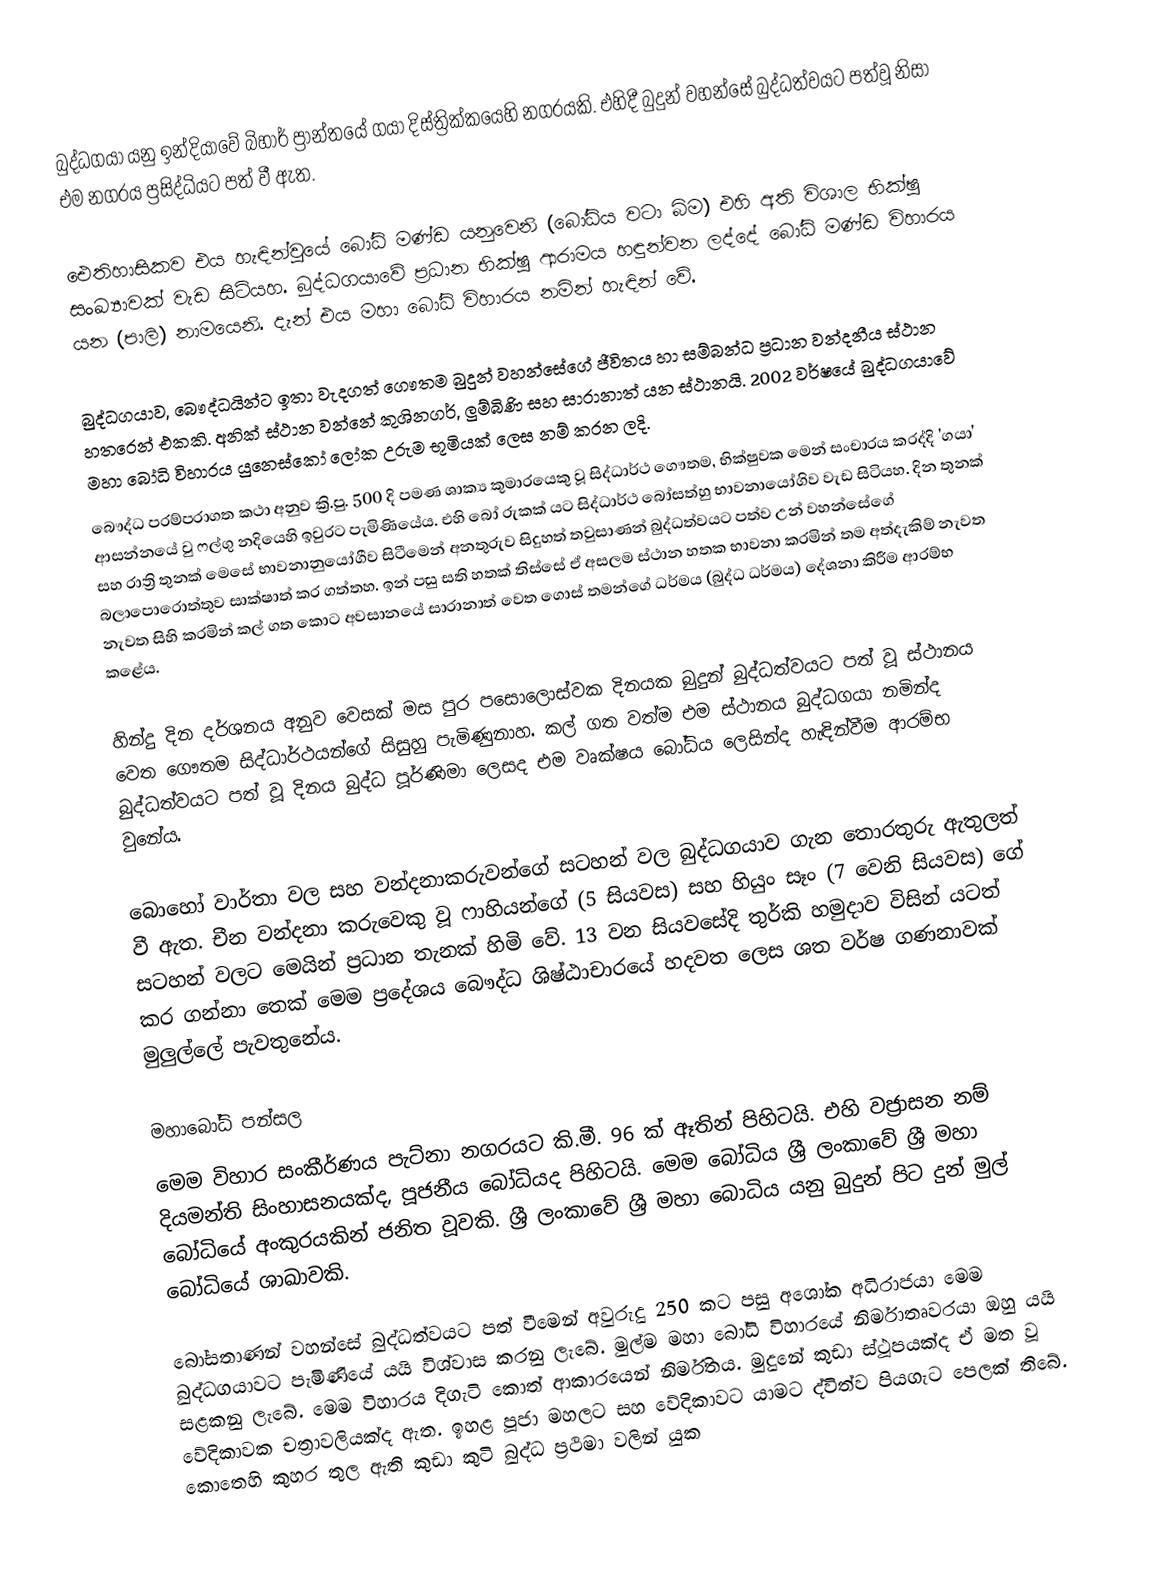
බුද්ධගයා යනු ඉන්දියාවේ බිහාර් ප්‍රාන්තයේ ගයා දිස්ත්‍රික්කයෙහි නගරයකි. එහිදී බුදුන් වහන්සේ බුද්ධත්වයට පත්වූ  නිසා එම නගරය ප්‍රසිද්ධියට පත් වී ඇත.

ඓතිහාසිකව එය හැඳින්වුයේ බෝධි මණ්ඩ යනුවෙනි (බෝධිය වටා බිම) එහි අති විශාල භික්ෂු සංඛ්‍යාවක් වැඩ සිටියහ. බුද්ධගයාවේ ප්‍රධාන භික්ෂු ආරාමය හඳුන්වන ලද්දේ බෝධි මණ්ඩ විහාරය යන (පාලි) නාමයෙනි. දැන් එය මහා බෝධි විහාරය නමින් හැඳින් වේ.

බුද්ධගයාව, බෞද්ධයින්ට ඉතා වැදගත් ගෞතම බුදුන් වහන්සේගේ ජීවිතය හා සම්බන්ධ ප්‍රධාන වන්දනීය ස්ථාන හතරෙන් එකකි. අනික් ස්ථාන වන්නේ කුශිනගර්, ලුම්බිණි සහ සාරානාත් යන ස්ථානයි. 2002 වර්ෂයේ බුද්ධගයාවේ මහා බෝධි විහාරය යුනෙස්කෝ ලෝක උරුම භූමියක් ලෙස නම් කරන ලදි.
බෞද්ධ පරම්පරාගත කථා අනුව ක්‍රි.පු. 500 දි පමණ ශාක්‍ය කුමාරයෙකු වූ සිද්ධාර්ථ ගෞතම, භික්ෂුවක මෙන් සංචාරය කරද්දි 'ගයා' ආසන්නයේ වු ෆල්ගු නදියෙහි  ඉවුරට පැමිණියේය. එහි බෝ රුකක් යට සිද්ධාර්ථ බෝසත්හු භාවනායෝගිව වැඩ සිටියහ. දින තුනක් සහ රාත්‍රි තුනක් මෙසේ භාවනානුයෝගීව සිටීමෙන් අනතුරුව සිදුහත් තවුසාණන් බුද්ධත්වයට පත්ව උන් වහන්සේගේ බලාපොරොත්තුව සාක්ෂාත් කර ගත්තහ. ඉන් පසු  සති හතක් තිස්සේ ඒ අසලම ස්ථාන හතක භාවනා කරමින් තම අත්දැකිම් නැවත නැවත සිහි කරමින් කල් ගත කොට අවසානයේ සාරානාත්  වෙත ගොස් තමන්ගේ ධර්මය (බුද්ධ ධර්මය) දේශනා කිරීම ආරම්භ කළේය.

හින්දු දින දර්ශනය අනුව වෙසක් මස පුර පසොලොස්වක දිනයක බුදුන් බුද්ධත්වයට පත් වූ ස්ථානය වෙත ගෞතම සිද්ධාර්ථයන්ගේ සිසුහු පැමිණුනාහ. කල් ගත වත්ම එම ස්ථානය බුද්ධගයා නමින්ද බුද්ධත්වයට පත් වූ දිනය බුද්ධ පූර්ණිමා ලෙසද එම වෘක්ෂය බෝධිය ලෙසින්ද හැඳින්වීම ආරම්භ වුනේය.

බොහෝ වාර්තා වල සහ වන්දනාකරුවන්ගේ සටහන් වල බුද්ධගයාව ගැන තොරතුරු ඇතුලත් වී ඇත. චීන වන්දනා කරුවෙකු වූ ෆාහියන්ගේ (5 සියවස) සහ හියුං සෑං (7 වෙනි සියවස) ගේ සටහන් වලට මෙයින් ප්‍රධාන තැනක් හිමි වේ. 13 වන සියවසේදි තුර්කි හමුදාව විසින් යටත් කර ගන්නා තෙක් මෙම ප්‍රදේශය බෞද්ධ ශිෂ්ඨාචාරයේ හදවත ලෙස ශත වර්ෂ ගණනාවක් මුලුල්ලේ පැවතුනේය.

මහාබෝධි පන්සල
මෙම විහාර සංකීර්ණය පැට්නා නගරයට කි.මී. 96 ක් ඈතින් පිහිටයි. එහි වජ්‍රාසන නම් දියමන්ති සිංහාසනයක්ද, පූජනීය බෝධියද පිහිටයි. මෙම බෝධිය ශ්‍රී ලංකාවේ ශ්‍රී මහා බෝධියේ අංකුරයකින් ජනිත වූවකි. ශ්‍රී ලංකාවේ ශ්‍රී මහා බොධිය යනු බුදුන් පිට දුන් මුල් බෝධියේ ශාඛාවකි.

බෝසතාණන් වහන්සේ බුද්ධත්වයට පත් වීමෙන් අවුරුදු 250 කට පසු අශෝක අධිරාජයා මෙම බුද්ධගයාවට පැමිණියේ යයි විශ්වාස කරනු ලැබේ. මුල්ම මහා බෝධි විහාරයේ නිර්මාතෘවරයා ඔහු යයි සළකනු ලැබේ. මෙම විහාරය දිගැටි කොත් ආකාරයෙන් නිර්මිතය. මුදුනේ කුඩා ස්ථූපයක්ද ඒ මත වූ වේදිකාවක චත්‍රාවලියක්ද ඇත. ඉහළ පූජා මහලට සහ වේදිකාවට යාමට ද්විත්ව පියගැට පෙලක් තිබේ. කොතෙහි කුහර තුල ඇති කුඩා කුටි බුද්ධ ප්‍රථිමා වලින් යුක